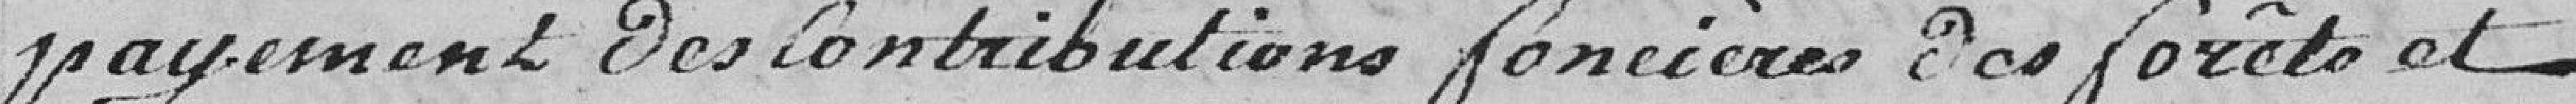
payement des contributions foncières des forêts et